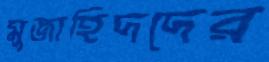
মুজাহিদদের